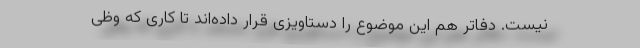
نیست. دفاتر هم این موضوع را دستاویزی قرار داده‌اند تا کاری که وظی